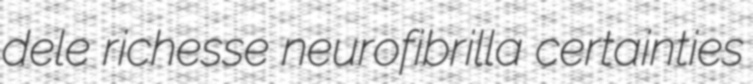
dele richesse neurofibrilla certainties